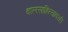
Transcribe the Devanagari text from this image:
बालसाहित्यावरही